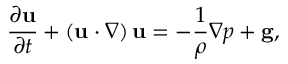
\frac { \partial { \bf u } } { \partial t } + \left( { \bf u } \cdot \nabla \right) { \bf u } = - \frac { 1 } { \rho } \nabla p + { \bf g } ,